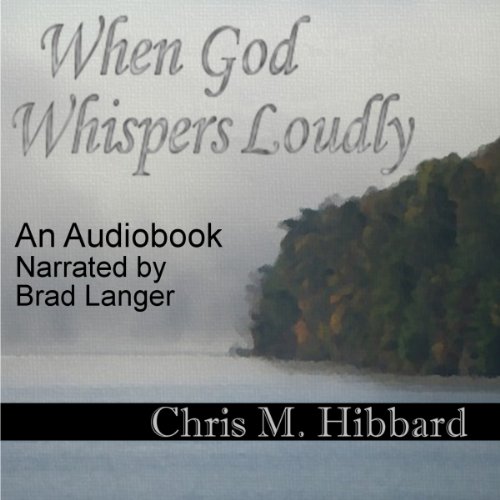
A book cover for When God Whispers Loudly; Chris M. Hibbard; Christian Books & Bibles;